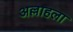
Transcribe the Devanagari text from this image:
अल्लाहला